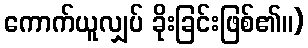
ကောက်ယူလျှပ် ခိုးခြင်းဖြစ်၏။)